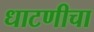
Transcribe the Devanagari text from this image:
धाटणीचा